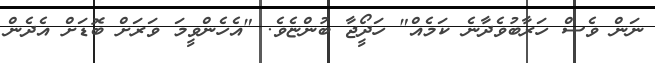
ނަން ވެސް ހަރާބުވެދާނެ ކަމެއް" ހަދޯީޖާ ބުންޏެވެ. "އެހެންވީމަ ވަރަށް ބޮޑަށް އެދެން